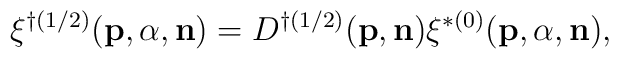
\xi^{\dag(1/2)}({\bf p},{\alpha},{\bf n})=D^{\dag(1/2)}({\bf p},{\bf n})\xi^{\ast(0)}({\bf p},{\alpha},{\bf n}),